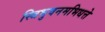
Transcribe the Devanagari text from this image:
स्त्रिभुवनमभिधत्ते